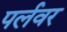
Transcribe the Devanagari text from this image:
पर्लवर